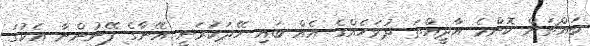
ބައްޗަށް ކޮންމެ އާދީއްތަ ދުވަހެއްގެ އެއް ބައި ހޭދަކުރަނީ އޭނާގެ ފޭނުންނާ އެކުގަ